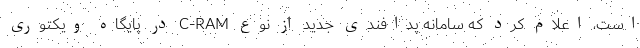
است، اعلام کرد که سامانه پدافندی جدید از نوع C-RAM در پایگاه ویکتوری